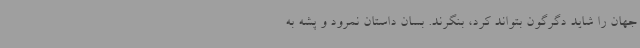
جهان را شاید دگرگون بتواند کرد، بنگرند. بسان داستان نمرود و پشه به